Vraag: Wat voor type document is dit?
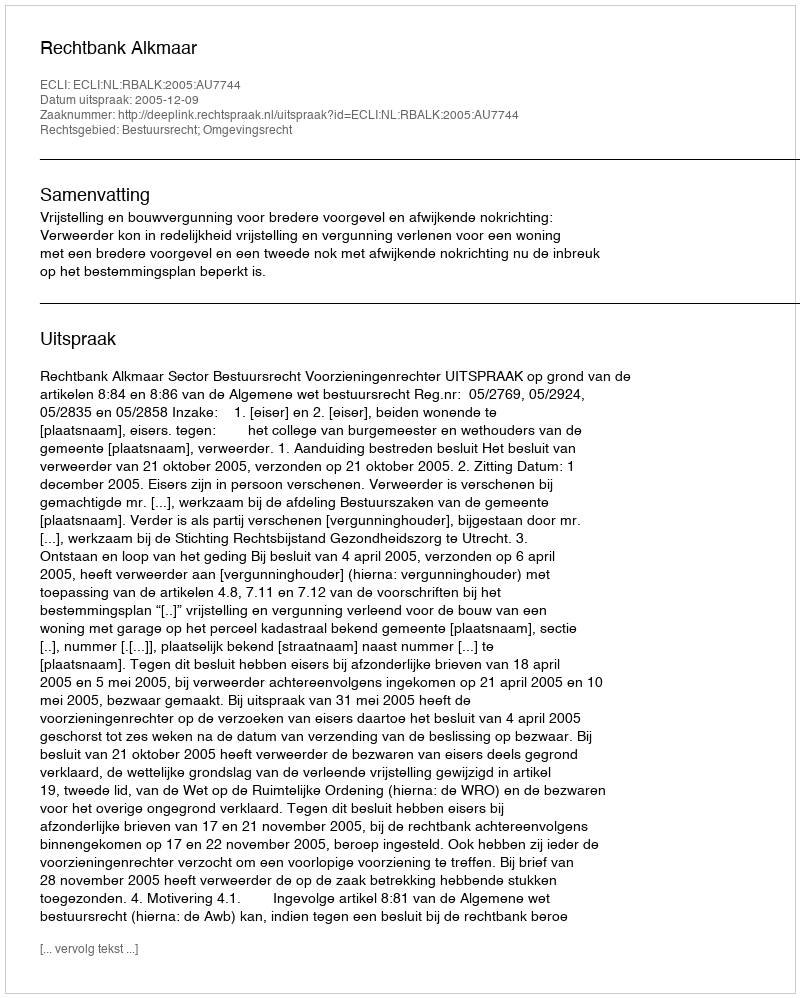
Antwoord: Uitspraak